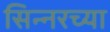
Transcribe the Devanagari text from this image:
सिन्नरच्या